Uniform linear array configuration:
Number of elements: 12
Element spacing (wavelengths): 0.75
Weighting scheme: kaiser
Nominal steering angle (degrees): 45
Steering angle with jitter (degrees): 44.46
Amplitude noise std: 0.05
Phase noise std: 0.05

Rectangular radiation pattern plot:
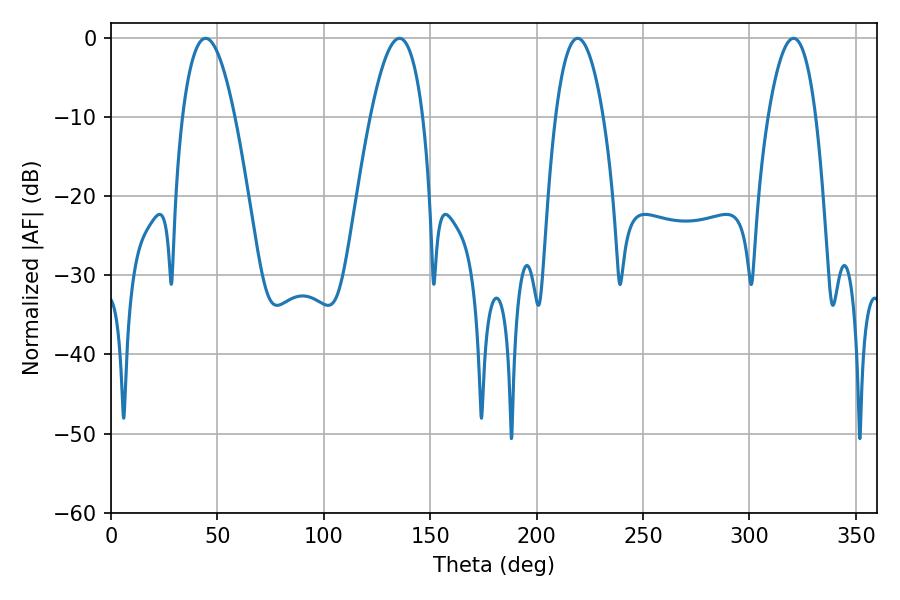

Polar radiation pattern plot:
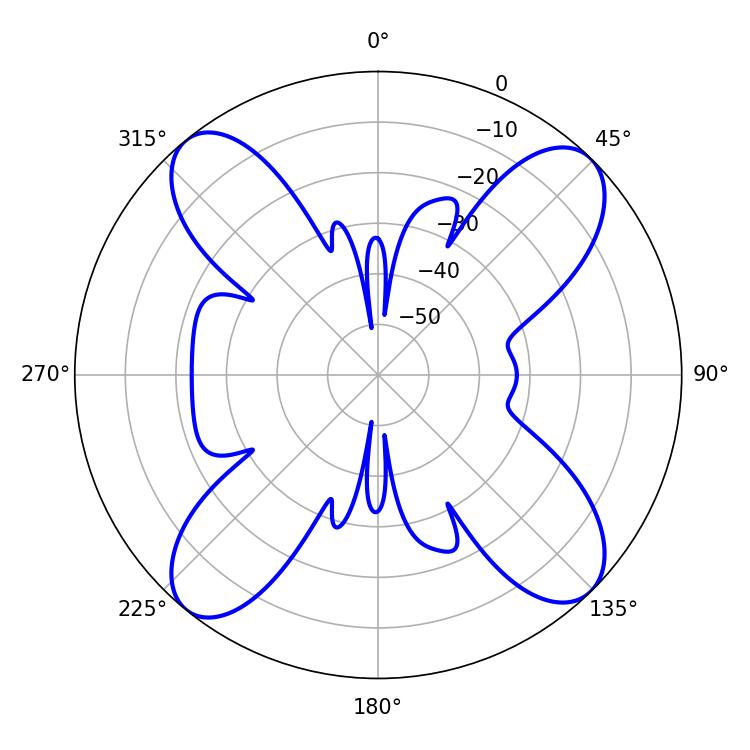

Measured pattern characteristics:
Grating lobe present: TRUE
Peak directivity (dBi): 15.2
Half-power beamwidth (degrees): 13.5
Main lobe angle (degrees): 44.46